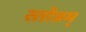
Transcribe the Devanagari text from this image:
स्तोत्रम्